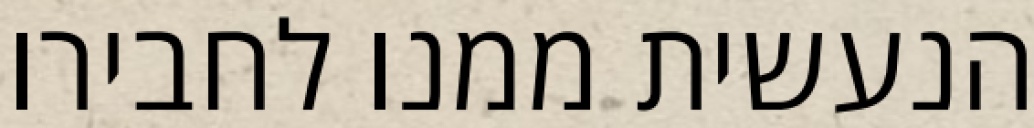
הנעשית ממנו לחבירו